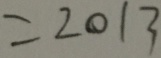
= 2 0 1 3